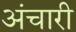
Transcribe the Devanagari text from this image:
अंचारी